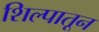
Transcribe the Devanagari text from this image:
शिल्पातून